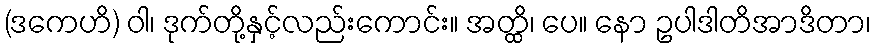
(ဒကေဟိ) ဝါ၊ ဒုက်တို့နှင့်လည်းကောင်း။ အတ္ထိ၊ ပေ။ နော ဥပါဒါတိအာဒိတာ၊